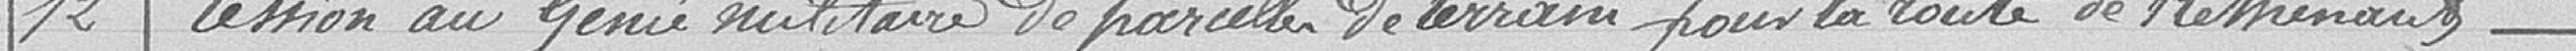
12.Cession au Génie militaire de parcelles de terrain pour la route de Rethenants